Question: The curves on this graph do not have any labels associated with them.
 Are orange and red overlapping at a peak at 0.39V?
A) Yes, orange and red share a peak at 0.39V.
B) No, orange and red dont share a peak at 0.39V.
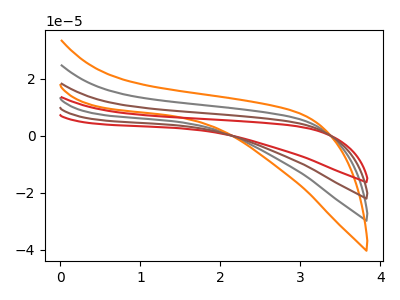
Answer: <think>The gray curve "gray" has no peaks. The orange curve "orange" has no peaks. The red curve "red" has no peaks. The brown curve "brown" has no peaks.</think>
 <answer>B) No, "orange" and "red" dont share a peak at 0.39V.</answer>
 <eval>B</eval>